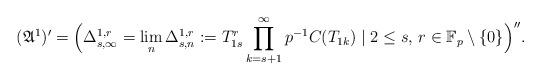
LaTeX: \begin{align*}({\mathfrak A}^{1})'=\Big(\Delta_{s,\infty}^{1,r}=\lim_{n}\Delta_{s,n}^{1,r}:=T_{1s}^r\prod_{k=s+1}^\infty p^{-1}C(T_{1k})\mid 2\leq s,\,r\in{\mathbb F}_p\setminus\{0\}\Big)''. \end{align*}